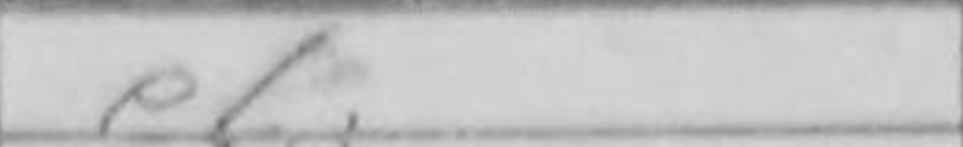
Transcription: e6